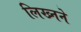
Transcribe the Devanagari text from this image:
लिख्नने